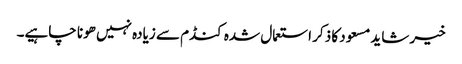
خیر شاید مسعود کا ذکر استعمال شدہ کنڈم سے زیادہ نہیں ھونا چاہیے۔